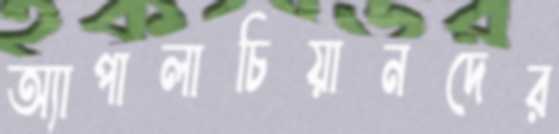
অ্যাপালাচিয়ানদের